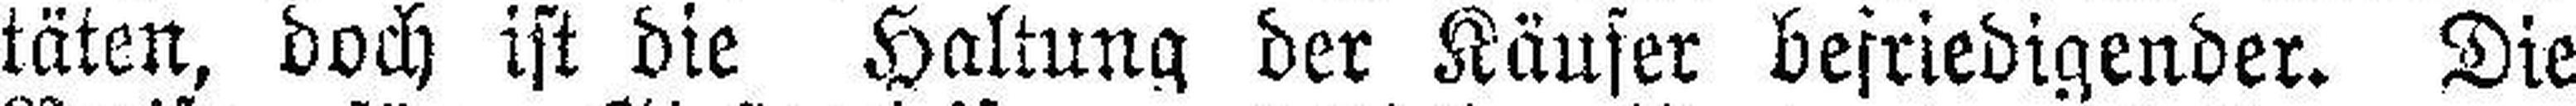
täten, doch ist die Haltung der Käufer befriedigender. Die